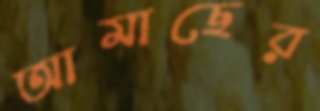
আমাছের